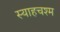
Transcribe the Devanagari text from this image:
स्याहचश्म